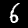
Digit: 6